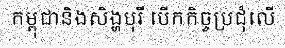
កម្ពុជានិងសិង្ហបុរី បើកកិច្ចប្រជុំលើ